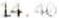
14.40